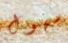
سهول